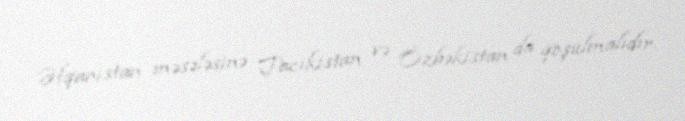
Əfqanıstan məsələsinə Tacikistan və Özbəkistan da qoşulmalıdır.